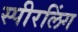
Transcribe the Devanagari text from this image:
स्पीरलिंग